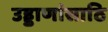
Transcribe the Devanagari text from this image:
उड्डाणांसाठि